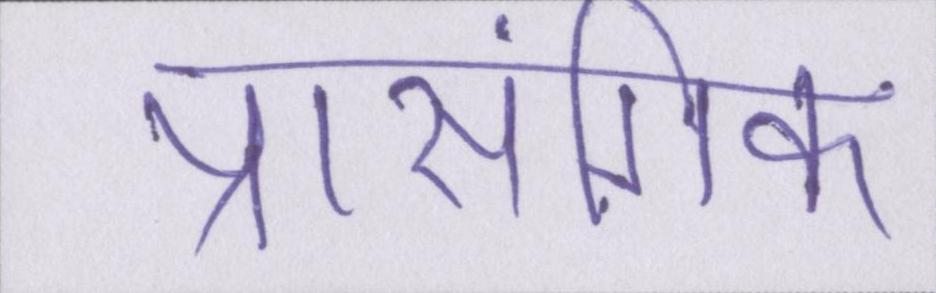
प्रासंगिक